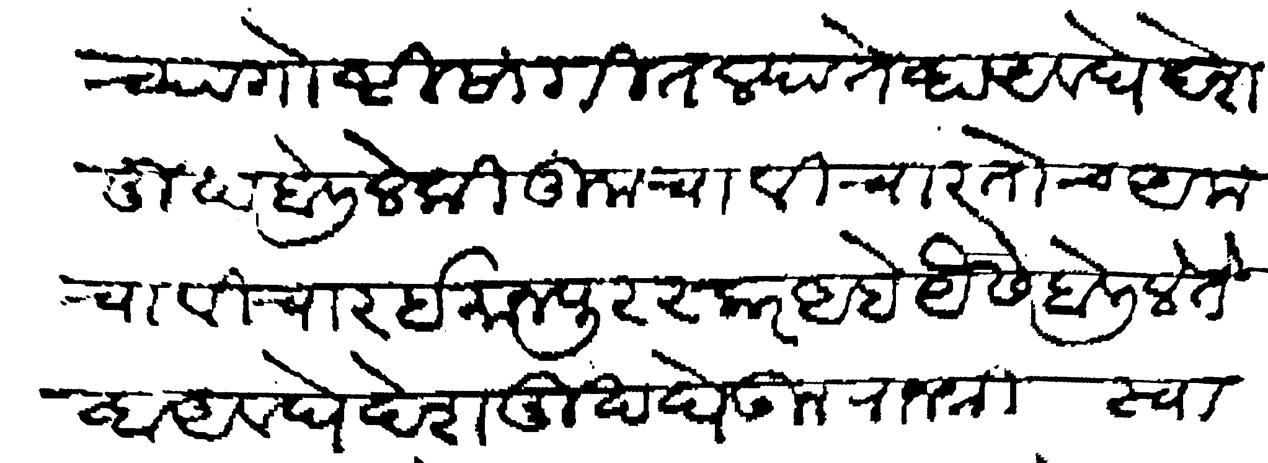
Transliteration (Devanagari): च्या गोष्टी सांगितल्या तेव्हा अवघे देशमुख बोलिले की तुमचा विचार तोच आमचा विचार ईमान पुरस्कर आहे यैसे बोलिले तेव्हा अवघे देखमुख घेऊन राजश्री स्वामी